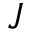
J